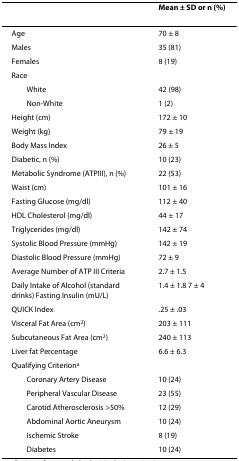
<table><thead><tr><td></td><td><b>Mean ± SD or n (%)</b></td></tr></thead><tbody><tr><td>Age</td><td>70 ± 8</td></tr><tr><td>Males</td><td>35 (81)</td></tr><tr><td>Females</td><td>8 (19)</td></tr><tr><td>Race</td><td></td></tr><tr><td> White</td><td>42 (98)</td></tr><tr><td> Non-White</td><td>1 (2)</td></tr><tr><td>Height (cm)</td><td>172 ± 10</td></tr><tr><td>Weight (kg)</td><td>79 ± 19</td></tr><tr><td>Body Mass Index</td><td>26 ± 5</td></tr><tr><td>Diabetic, n (%)</td><td>10 (23)</td></tr><tr><td>Metabolic Syndrome (ATPIII), n (%)</td><td>22 (53)</td></tr><tr><td>Waist (cm)</td><td>101 ± 16</td></tr><tr><td>Fasting Glucose (mg/dl)</td><td>112 ± 40</td></tr><tr><td>HDL Cholesterol (mg/dl)</td><td>44 ± 17</td></tr><tr><td>Triglycerides (mg/dl)</td><td>142 ± 74</td></tr><tr><td>Systolic Blood Pressure (mmHg)</td><td>142 ± 19</td></tr><tr><td>Diastolic Blood Pressure (mmHg)</td><td>72 ± 9</td></tr><tr><td>Average Number of ATP III Criteria</td><td>2.7 ± 1.5</td></tr><tr><td>Daily Intake of Alcohol (standard drinks) Fasting Insulin (mU/L)</td><td>1.4 ± 1.8 7 ± 4</td></tr><tr><td>QUICK Index</td><td>.25 ± .03</td></tr><tr><td>Visceral Fat Area (cm<sup>2</sup>)</td><td>203 ± 111</td></tr><tr><td>Subcutaneous Fat Area (cm<sup>2</sup>)</td><td>240 ± 113</td></tr><tr><td>Liver fat Percentage</td><td>6.6 ± 6.3</td></tr><tr><td>Qualifying Criterion<sup>a</sup></td><td></td></tr><tr><td> Coronary Artery Disease</td><td>10 (24)</td></tr><tr><td> Peripheral Vascular Disease</td><td>23 (55)</td></tr><tr><td> Carotid Atherosclerosis &gt;50%</td><td>12 (29)</td></tr><tr><td> Abdominal Aortic Aneurysm</td><td>10 (24)</td></tr><tr><td> Ischemic Stroke</td><td>8 (19)</td></tr><tr><td> Diabetes</td><td>10 (24)</td></tr></tbody></table>